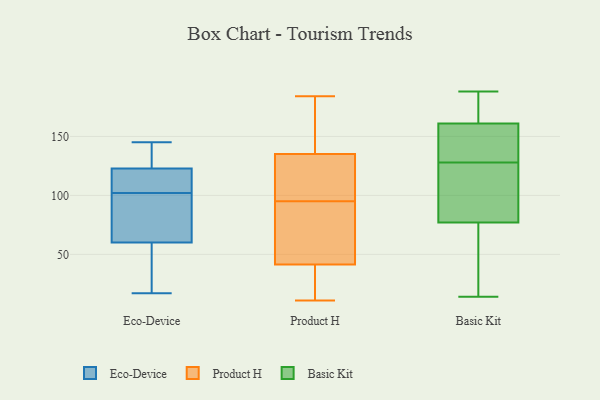
{"axis": {"x": "Revenue (USD Million)", "y": "Value"}, "legend": ["Basic Kit", "Eco-Device", "Product H"], "data": [{"x": "", "y": 82, "type": "Eco-Device"}, {"x": "", "y": 56, "type": "Eco-Device"}, {"x": "", "y": 49, "type": "Eco-Device"}, {"x": "", "y": 72, "type": "Eco-Device"}, {"x": "", "y": 125, "type": "Eco-Device"}, {"x": "", "y": 109, "type": "Eco-Device"}, {"x": "", "y": 135, "type": "Eco-Device"}, {"x": "", "y": 102, "type": "Eco-Device"}, {"x": "", "y": 145, "type": "Eco-Device"}, {"x": "", "y": 116, "type": "Eco-Device"}, {"x": "", "y": 17, "type": "Eco-Device"}, {"x": "", "y": 27, "type": "Product H"}, {"x": "", "y": 158, "type": "Product H"}, {"x": "", "y": 85, "type": "Product H"}, {"x": "", "y": 100, "type": "Product H"}, {"x": "", "y": 36, "type": "Product H"}, {"x": "", "y": 97, "type": "Product H"}, {"x": "", "y": 145, "type": "Product H"}, {"x": "", "y": 41, "type": "Product H"}, {"x": "", "y": 11, "type": "Product H"}, {"x": "", "y": 123, "type": "Product H"}, {"x": "", "y": 42, "type": "Product H"}, {"x": "", "y": 52, "type": "Product H"}, {"x": "", "y": 93, "type": "Product H"}, {"x": "", "y": 182, "type": "Product H"}, {"x": "", "y": 184, "type": "Product H"}, {"x": "", "y": 125, "type": "Product H"}, {"x": "", "y": 44, "type": "Basic Kit"}, {"x": "", "y": 150, "type": "Basic Kit"}, {"x": "", "y": 134, "type": "Basic Kit"}, {"x": "", "y": 33, "type": "Basic Kit"}, {"x": "", "y": 102, "type": "Basic Kit"}, {"x": "", "y": 182, "type": "Basic Kit"}, {"x": "", "y": 99, "type": "Basic Kit"}, {"x": "", "y": 14, "type": "Basic Kit"}, {"x": "", "y": 82, "type": "Basic Kit"}, {"x": "", "y": 72, "type": "Basic Kit"}, {"x": "", "y": 108, "type": "Basic Kit"}, {"x": "", "y": 155, "type": "Basic Kit"}, {"x": "", "y": 188, "type": "Basic Kit"}, {"x": "", "y": 36, "type": "Basic Kit"}, {"x": "", "y": 122, "type": "Basic Kit"}, {"x": "", "y": 181, "type": "Basic Kit"}, {"x": "", "y": 185, "type": "Basic Kit"}, {"x": "", "y": 166, "type": "Basic Kit"}, {"x": "", "y": 156, "type": "Basic Kit"}, {"x": "", "y": 138, "type": "Basic Kit"}]}